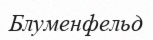
Блуменфельд